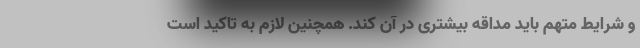
و شرایط متهم باید مداقه بیشتری در آن کند. همچنین لازم به تاکید است